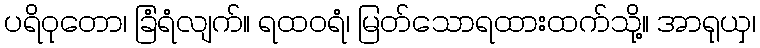
ပရိဝုတော၊ ခြံရံလျက်။ ရထဝရံ၊ မြတ်သောရထားထက်သို့။ အာရုယှ၊